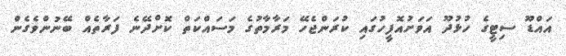
އައްޑޫ ސިޓީގެ ހުޅުދޫ އަވަށުއޮފީހުގައި ކުރަންޖެހޭ މަރާމާތުގެ މަސައްކަތް ކޮށްދޭނެ ފަރާތެއް ބޭނުންވެގެން